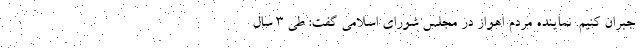
جبران کنیم. نماینده مردم اهواز در مجلس شورای اسلامی گفت: طی ۳ سال